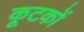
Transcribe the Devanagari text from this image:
कूटकों